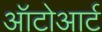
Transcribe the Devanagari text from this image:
ऑटोआर्ट